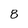
Character: 8